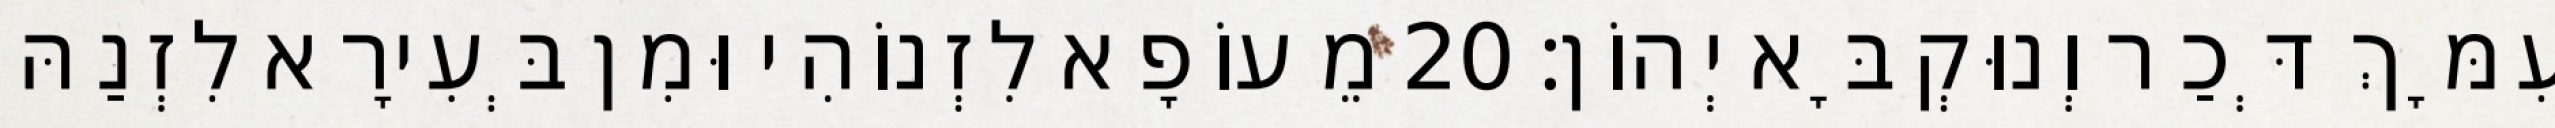
עִמָּךְ דְּכַר וְנוּקְבָּא יְהוֹן׃ 20 מֵעוֹפָא לִזְנוֹהִי וּמִן בְּעִירָא לִזְנַהּ